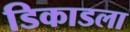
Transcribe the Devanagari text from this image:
डिकाडला